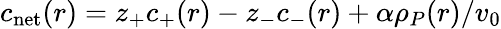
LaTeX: c_{\mathrm{net}}(r)=z_{+}c_{+}(r)-z_{-}c_{-}(r)+\alpha{\rho}_{P}(r)/v_{0}